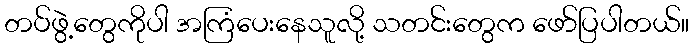
တပ်ဖွဲ့တွေကိုပါ အကြံပေးနေသူလို့ သတင်းတွေက ဖော်ပြပါတယ်။